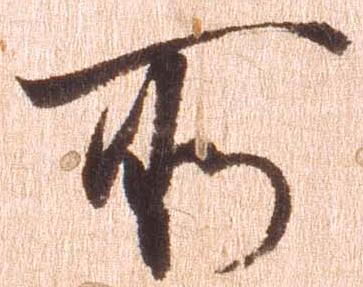
所